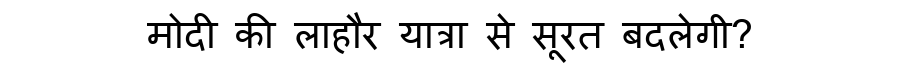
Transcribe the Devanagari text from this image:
मोदी की लाहौर यात्रा से सूरत बदलेगी?